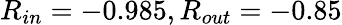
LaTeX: R_{in}=-0.985,R_{out}=-0.85